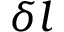
\delta l